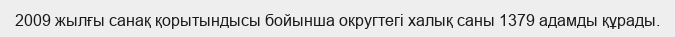
2009 жылғы санақ қорытындысы бойынша округтегі халық саны 1379 адамды құрады.